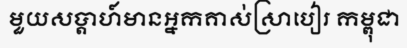
មួយសប្តាហ៍មានអ្នកគាស់ស្រាបៀរ កម្ពុជា